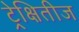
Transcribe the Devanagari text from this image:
ट्रेक्षितीज